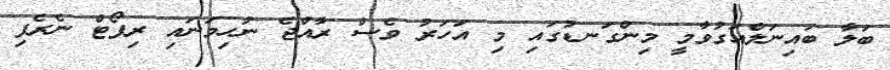
ބަލާ ބައިނަލްއަގުވާމީ މިންގަނޑުގައި މި އަހަރު ވެސް ރާއްޖެ ނުހިމަނައި ރިޕޯޓް ނެރެފި